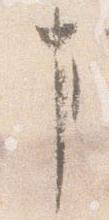
事